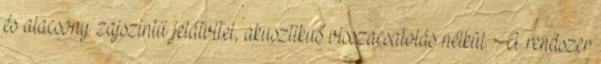
és alacsony zajszintű jelátvitel, akusztikus visszacsatolás nélkül. A rendszer